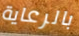
بالرعاية